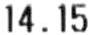
14.15